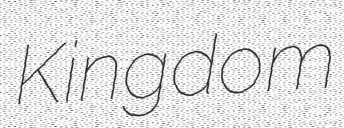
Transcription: Kingdom